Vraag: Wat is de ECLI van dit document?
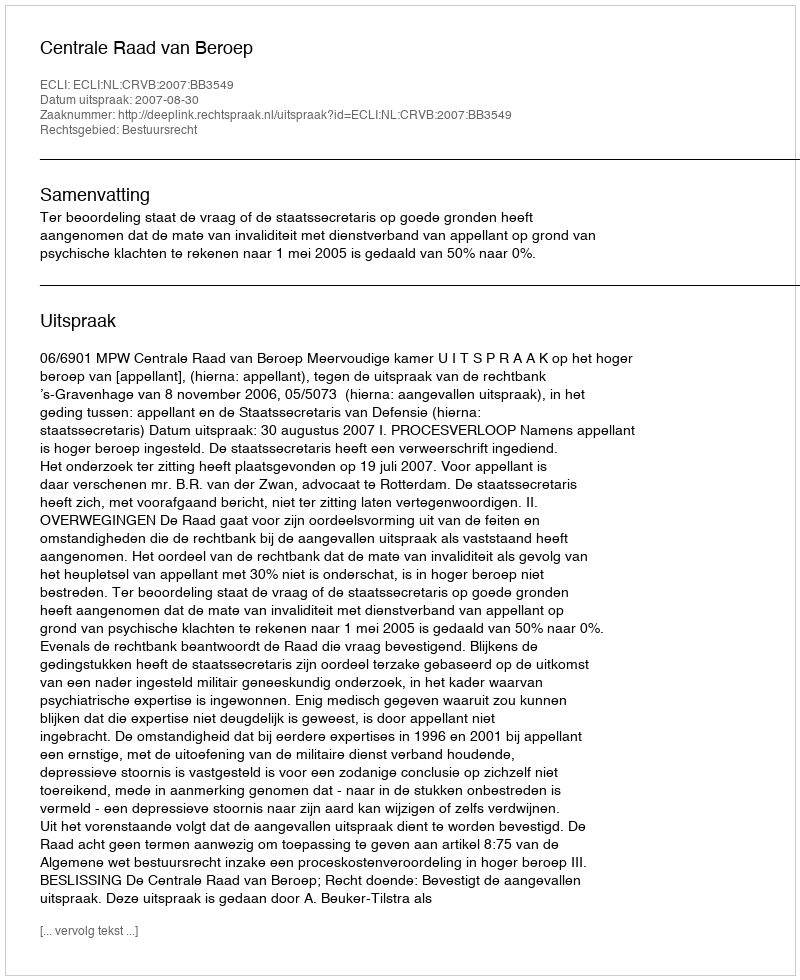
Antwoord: ECLI:NL:CRVB:2007:BB3549